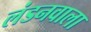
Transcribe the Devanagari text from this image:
लंडनवाला